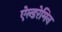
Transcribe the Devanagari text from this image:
ऐल्डरेमिन